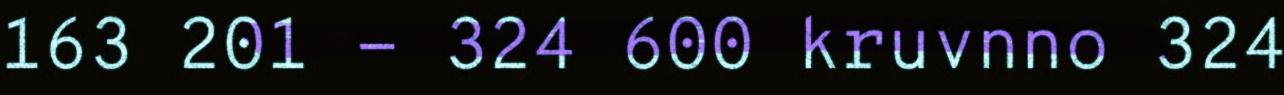
163 201 - 324 600 kruvnno 324